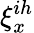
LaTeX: \xi_{x}^{ih}